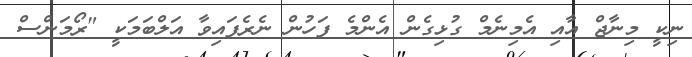
ނިކީ މިނާޖް އާއި އެމިނެމް ގުޅިގެން އެންމެ ފަހުން ނެރެފައިވާ އަލްބަމަކީ "ރޯމަންސް